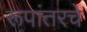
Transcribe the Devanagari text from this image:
रूपांतरचे